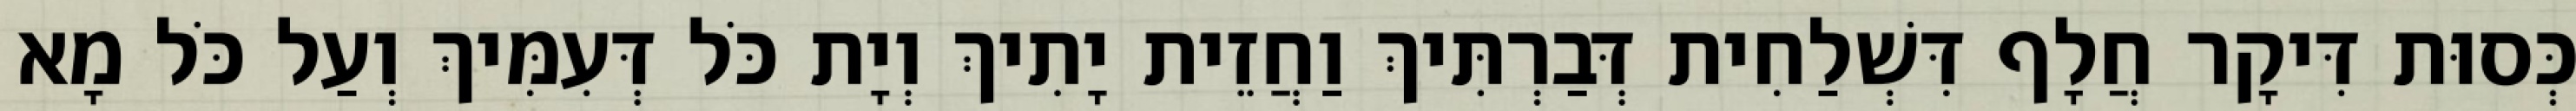
כְּסוּת דִּיקָר חֲלָף דִּשְׁלַחִית דְּבַרְתִּיךְ וַחֲזֵית יָתִיךְ וְיָת כֹּל דְּעִמִּיךְ וְעַל כֹּל מָא